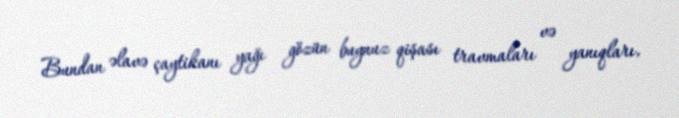
Bundan əlavə çaytikanı yağı gözün buynuz qişası travmaları və yanıqları,